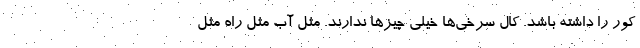
کور را داشته باشد. کال سرخی‌ها خیلی چیزها ندارند. مثل آب مثل راه مثل